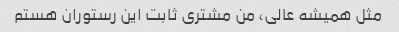
مثل همیشه عالی، من مشتری ثابت این رستوران هستم